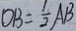
O B = \frac { 1 } { 2 } A B